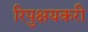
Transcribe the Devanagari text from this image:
रिपुक्षयकरी